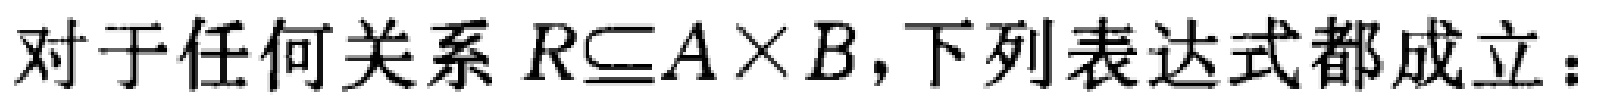
对于任何关系 \(R\subseteq A\times B\)，下列表达式都成立：